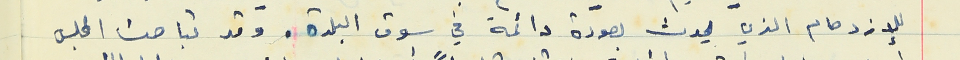
للإزدحام الذي يحدث بصورة دائمة في سوق البلدة . وقد تباحث المجلس